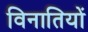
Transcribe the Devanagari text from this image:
विनातियों